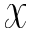
\mathcal { X }